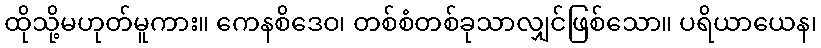
ထိုသို့မဟုတ်မူကား။ ကေနစိဒေဝ၊ တစ်စံတစ်ခုသာလျှင်ဖြစ်သော။ ပရိယာယေန၊